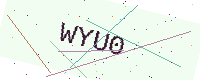
Text: WYU0